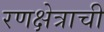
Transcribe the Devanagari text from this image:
रणक्षेत्राची